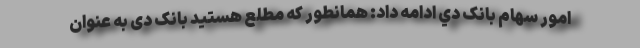
امور سهام بانک دي ادامه داد: همانطور که مطلع هستید بانک دی به عنوان